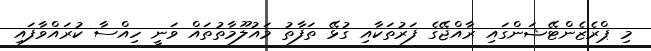
މި ޕްރެޒެންޓޭޝަންގައި ރާއްޖޭގެ ފަރުތަކާއި ގުޅޭ ތަފާތު މައުލޫމާތުތައް ވަނީ ހިއްސާ ކުރައްވާފައި